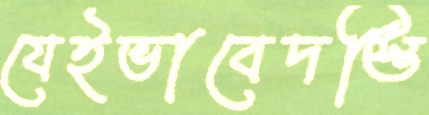
যেইভাবেদস্তি